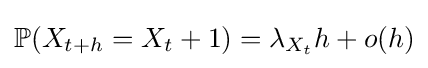
\mathbb {P} (X_{t+h}=X_{t}+1)=\lambda _{X_{t}}h+o(h)